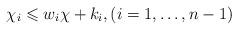
LaTeX: \begin{align*}\chi_i \leqslant w_i \chi + k_i, (i = 1,\dots, n-1)\end{align*}